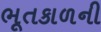
ભૂતકાળની